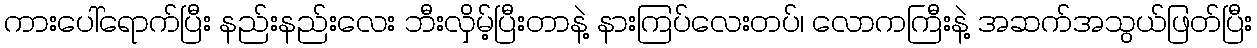
ကားပေါ်ရောက်ပြီး နည်းနည်းလေး ဘီးလှိမ့်ပြီးတာနဲ့ နားကြပ်လေးတပ်၊ လောကကြီးနဲ့ အဆက်အသွယ်ဖြတ်ပြီး